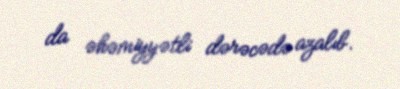
da əhəmiyyətli dərəcədə azalıb.